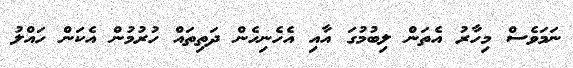
ނަމަވެސް މިހާރު އެތަން ލިބުމުގަ އާއި އެހެނިހެން ދަތިތައް ހުރުމުން އެކަން ހައްލު